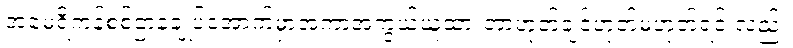
အမေရိကန်စစ်ဌာနချုပ်အောက်မှာအကာအကွယ်ယူထားတာဟုတ်ချင်ဟုတ်မဟုတ်ရင် လည်း